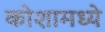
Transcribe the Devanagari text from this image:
कोशामध्ये